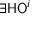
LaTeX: \exists { } { \mathsf { H O } } ^ { i }